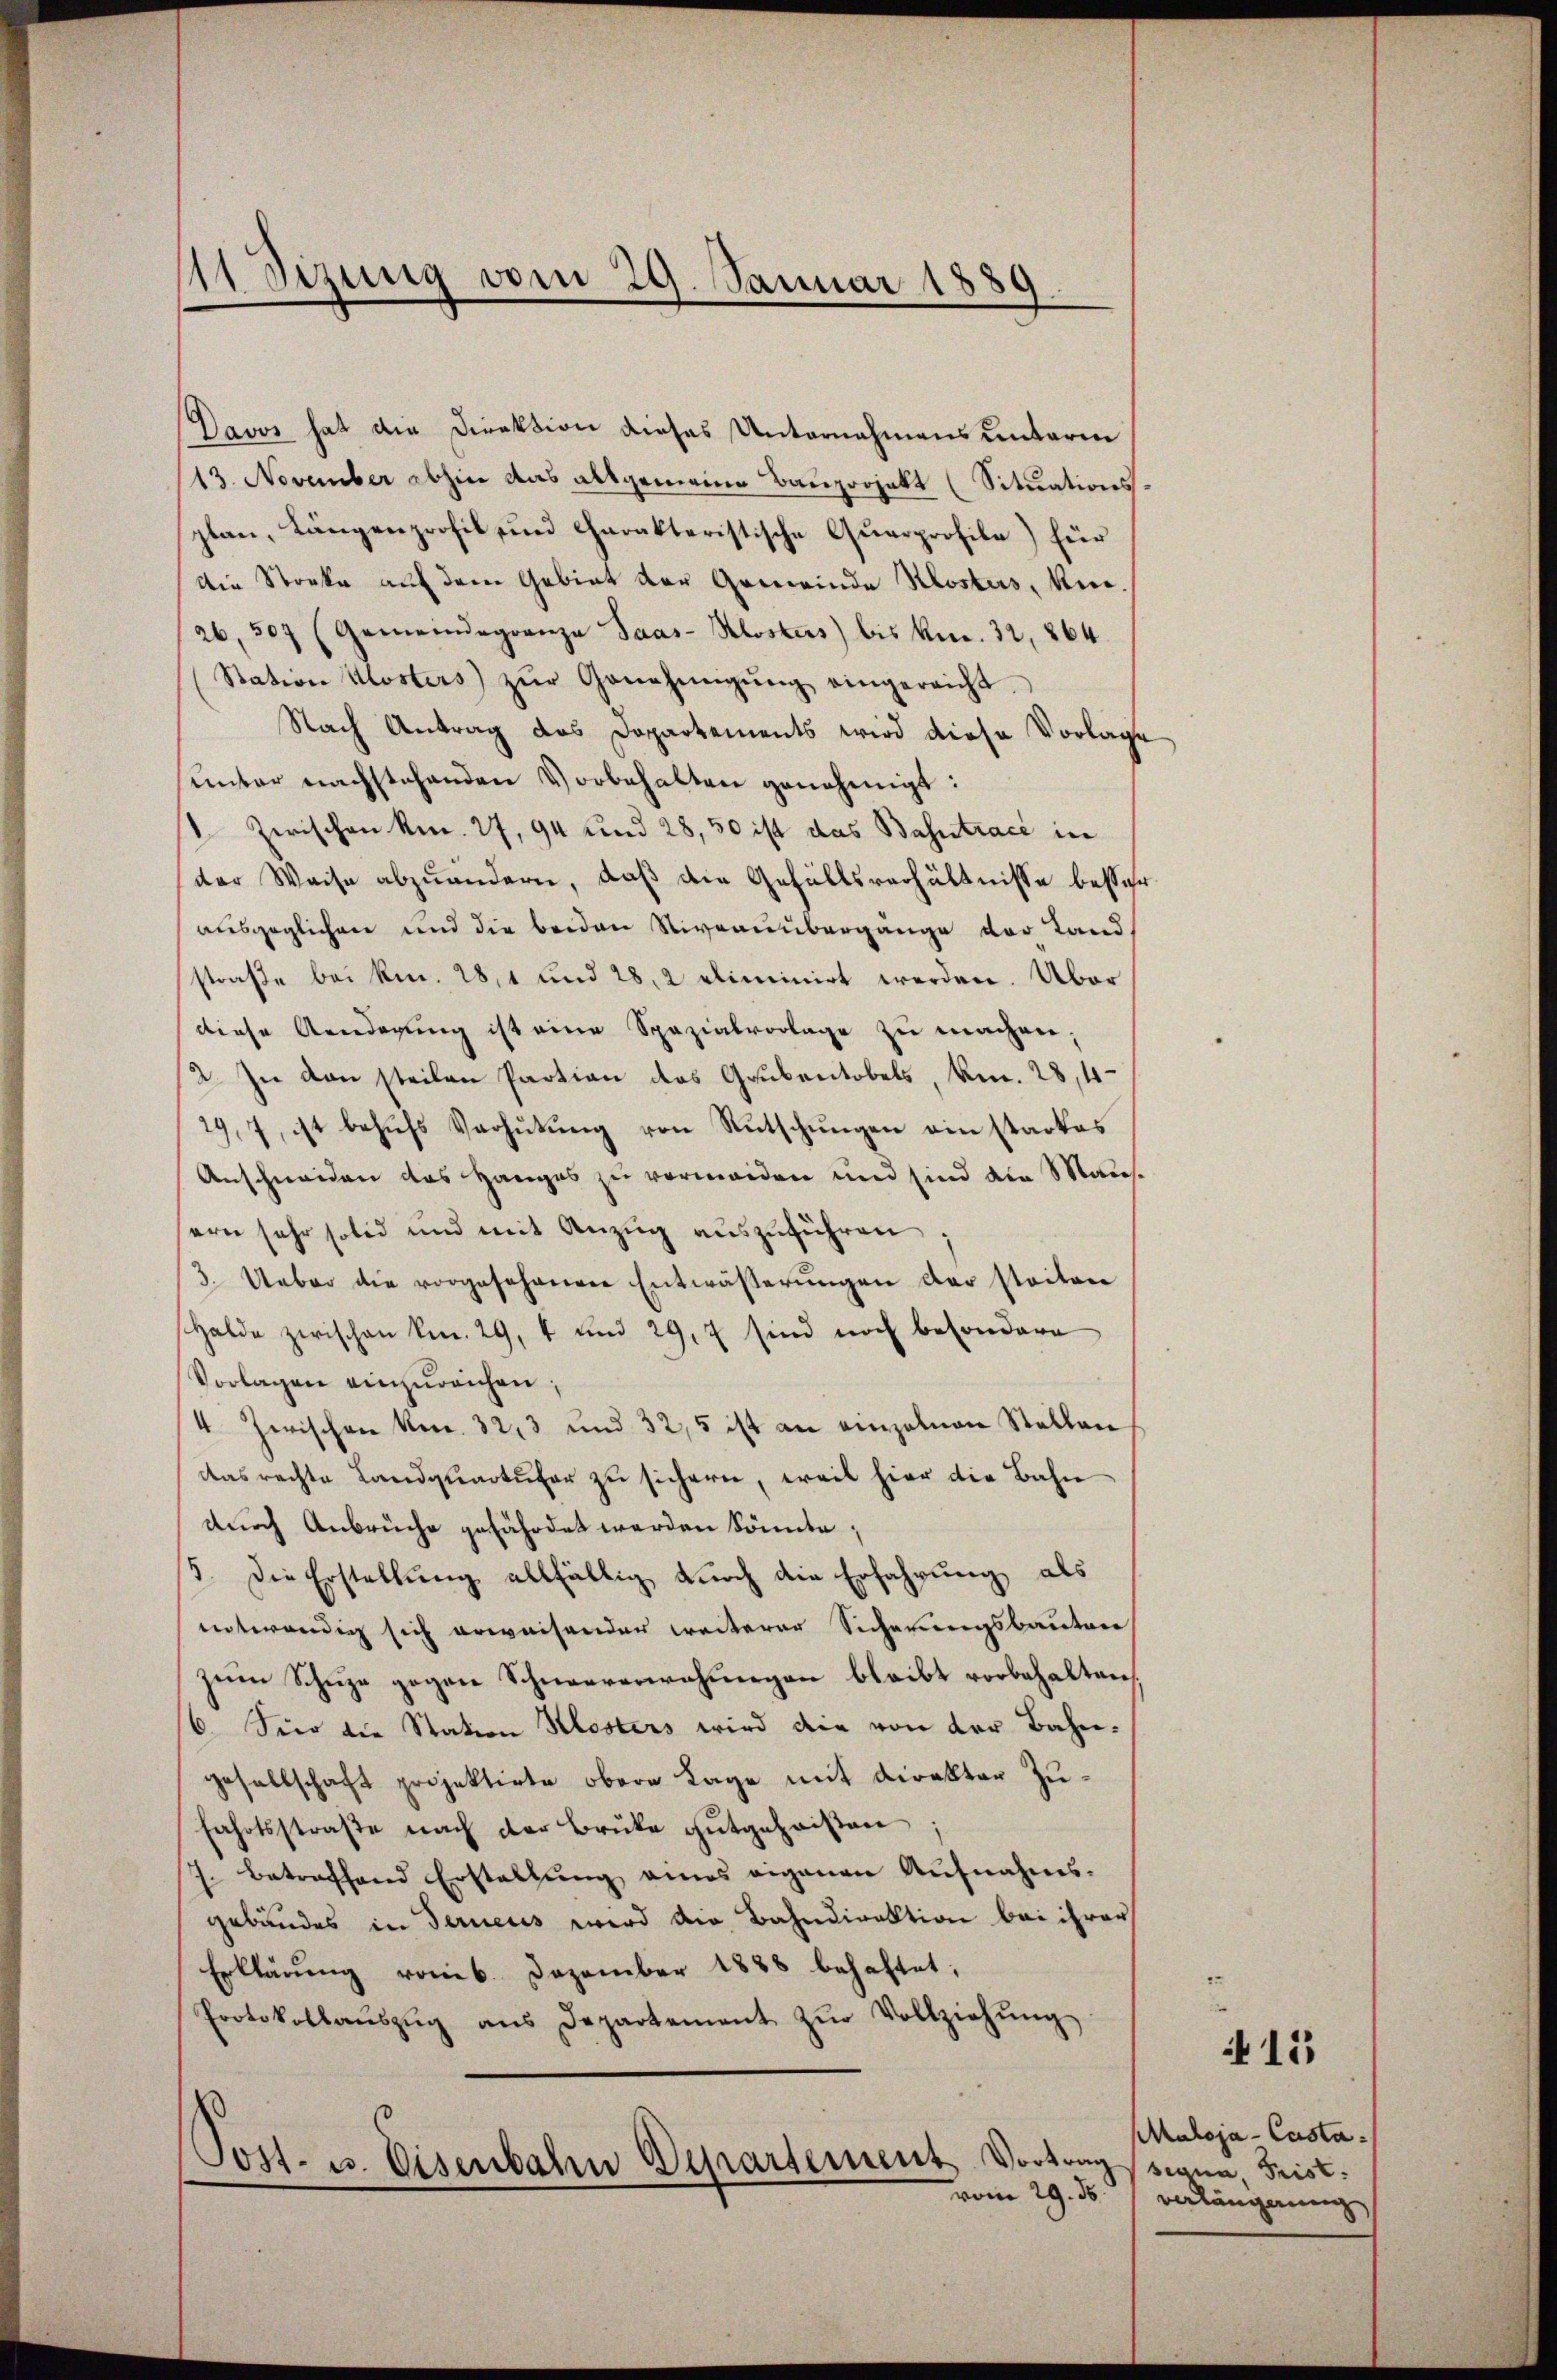
111 Sizung vom 29. Januar 1889.

Davos hat die Direktion dieses Unternahmens unterm
13. November abhin das altgemeine Bauprojekt (Situationsplan, Längenprofil und Charakteristische Querprofile) für
Die Stocke auf dem Gebiet der Gemeinde Klostes, Kir¬
26, 307 (Gemeindagranza Saas-Klostes) bis kn. 32, 864.
Station Klosters zŭr Genehmigŭng eingereicht.
Nach Antrag das Dopartements wird diese Vorlage
unter nachstehenden Vorbehalten genehmigt:
 Zwischen kn. 27, 94 und 28, 50 ist das Bahntracé in
der Weise abzuändern, daß die Gefällsverhältnisse besser
ausgeglichen und die beiden Niveaunbergänge der Land
straße bei kn. 281 und 28, 2 eliminirt werden. Über
diese Aendegung ist eine Spazialvorlage zu machen;
2. In den steilen Partian das Grubentobels, km. 28,4
29, 7, ist behŭfs Verhütŭng von Rutschungen ein starkes
Anschneiden das Hanges zu vermeiden und sind die Maussern sehr solid und mit Anzŭg aŭszŭführen:
3. Ueber die vorgesehenen Entwässerŭngen der steiten
Halde zwischen kn. 29, 4 und 29,7 sind noch besondere
Vorlagen einzureichen,
4 Zwischen No. 32, 3 und 325 ist an einzelnen Stellen
das rechte Landqŭartŭfer zu sichern, weil hier die Bahn
durch Anbrüche gefährdet werden könnte;
. Die Erstellung allfällig durch die Erfahrung als
entwendig sich erweisender weiterer Sicherungsbauten
zum Schüze gegen Schneeverwahungen bleibt vorbehalten,
6. Für die Station Klosters wird die von der Bahngesellschaft projektirte obere Lage mit Direkter Zu¬
Fahrtsstraße nach der Brüke gutgeheißen;
7. betreffend Erstellŭng eines eigenen Aŭfnahms-
gebäudes in Ferneues wird die Bahndirektion bei ihrer
Erklärung vom 6. Dezember 1888 behaftet;
Protokollaŭszŭg ans Departement zŭr Vollziehŭng
Post- u. Eisenbahrn Departement Vortrag signa, Frist¬

415

MMaloja - Castavom 29. ds. verlängerung